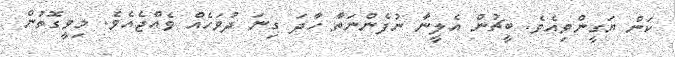
ކަން ޔަގީންވިއެވެ. ބީޗުން އެލީނާ ނުފެންނަތާ ހާދަ ގިނަ ދުވަހެއް ވެއްޖެއެވެ. މިވީގޮތުން